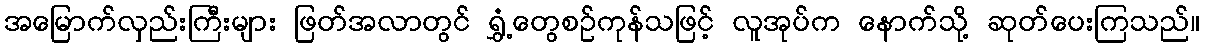
အမြောက်လှည်းကြီးများ ဖြတ်အလာတွင် ရွှံ့တွေစဉ်ကုန်သဖြင့် လူအုပ်က နောက်သို့ ဆုတ်ပေးကြသည်။